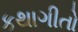
કથાગીતો